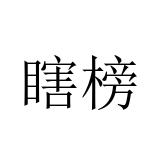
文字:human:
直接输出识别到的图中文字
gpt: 瞎榜